Lock hospitals Punjab
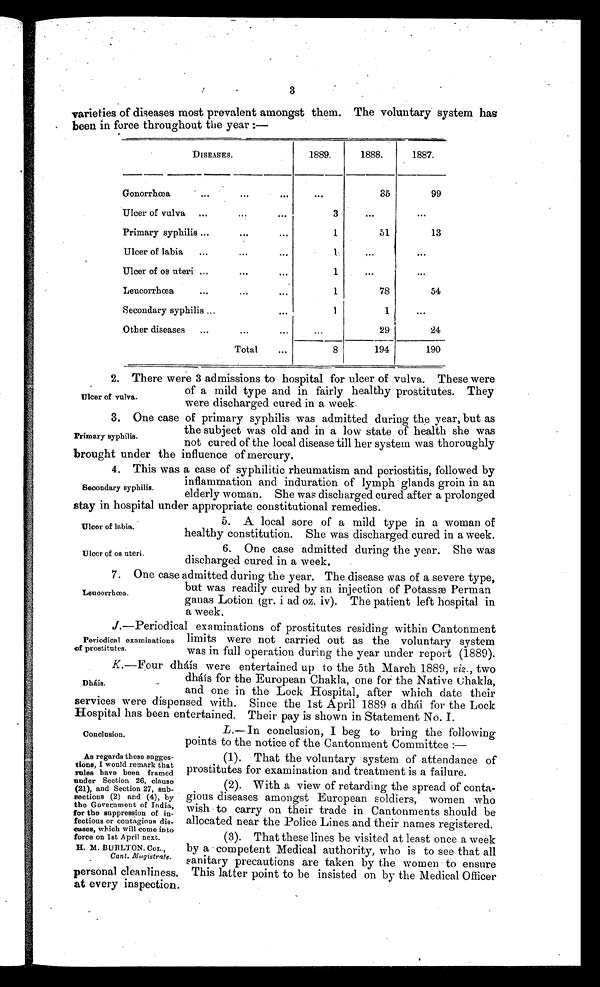
Conclusion.
As regards these sugges-
tions, I would remark that
rules have been framed
under Section 26, clause
(21), and Section 27, sub-
sections (2) and (4), by
the Government of India,
for the suppression of in-
fectious or contagious dis-
eases, which will come into
force on 1st April next.
H. M. BURLTON. COL. ,
Cant. Magistrate.
3
varieties of diseases most prevalent amongst them. The voluntary system has
been in force throughout the year
DISEASES.
1889.
1888.
1887.
Gonorrhœa
...
...
. . .
...
35
99
Ulcer of vulva
...
...
. . .
3
. . .
. . .
Primary syphilis ...
...
. . .
1
51
13
Ulcer of labia
...
...
. . .
1
. . .
. . .
Ulcer of os uteri ...
. . .
...
1
. . .
. . .
Leucorrhœa
...
...
. . .
1
78
54
Secondary syphilis ...
...
1
1
. . .
Other diseases
...
...
. . .
...
29
24
Total
. . .
8
194
190
2. There were 3 admissions to hospital for ulcer of vulva. These were
of a mild type and in fairly healthy prostitutes. They
were discharged cured in a week.
3. One case of primary syphilis was admitted during the year, but as
the subject was old and in a low state of health she was
not cured of the local disease till her system was thoroughly
brought under the influence of mercury.
4. This was a case of syphilitic rheumatism and periostitis, followed by
inflammation and induration of lymph glands groin in an
elderly woman. She was discharged cured after a prolonged
stay in hospital under appropriate constitutional remedies.
Ulcer of vulva.
Primary syphilis.
Secondary syphilis.
Ulcer of labia.
Ulcer of os uteri.
5. A local sore of a mild type in a woman of
healthy constitution. She was discharged cured in a week.
6. One case admitted during the year. She was
discharged cured in a week.
7. One case admitted during the year. The disease was of a severe type,
but was readily cured by an injection of Potassæ Perman
ganas Lotion (gr. i ad oz. iv). The patient left hospital in
a week.
J.—Periodical examinations of prostitutes residing within Cantonment
limits were not carried out as the voluntary system
was in full operation during the year under report (1889).
K.—Four dháis were entertained up to the 5th March 1889, viz., two
dháis for the European Chakla, one for the Native chakla,
and one in the Lock Hospital, after which date their
services were dispensed with. Since the 1st April 1889 a dhái for the Lock
Hospital has been entertained. Their pay is shown in Statement No. I.
L.— In conclusion, I beg to bring the following
points to the notice of the Cantonment Committee :—
(1). That the voluntary system of attendance of
prostitutes for examination and treatment is a failure.
(2). With a view of retarding the spread of conta-
gious diseases amongst European soldiers, women who
wish to carry on their trade in Cantonments should be
allocated near the Police Lines and their names registered.
(3). That these lines be visited at least once a week
by a - competent Medical authority, who is to see that all
sanitary precautions are taken by the women to ensure
personal cleanliness, This latter point to be insisted on by the Medical Officer
at every inspection.
Leuoorrhœa.
Periodical examinations
of prostitutes.